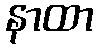
နာထာ